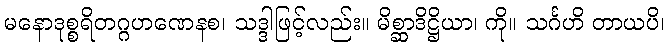
မနောဒုစ္စရိတဂ္ဂဟဏေနစ၊ သဒ္ဒါဖြင့်လည်း။ မိစ္ဆာဒိဋ္ဌိယာ၊ ကို။ သင်္ဂဟိ တာယပိ၊